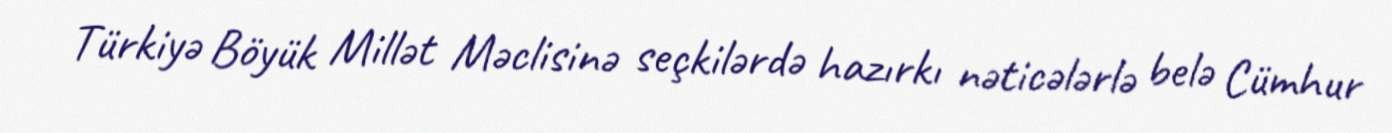
Türkiyə Böyük Millət Məclisinə seçkilərdə hazırkı nəticələrlə belə Cümhur